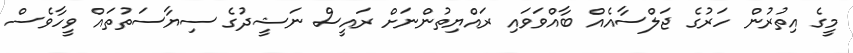
މީގެ އިތުރުން ހަރުގެ ޖަލްސާއެއް ބާއްވަވައި ރައްޔިތުންނަށް ރައީސް ނަޝީދުގެ ސިޔާސަތުތައް ވީހާވެސް